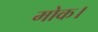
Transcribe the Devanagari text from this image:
मोक।